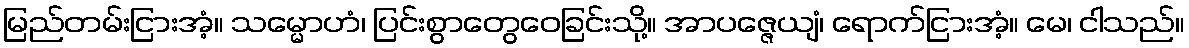
မြည်တမ်းငြားအံ့။ သမ္မောဟံ၊ ပြင်းစွာတွေဝေခြင်းသို့။ အာပဇ္ဇေယျံ၊ ရောက်ငြားအံ့။ မေ၊ ငါသည်။